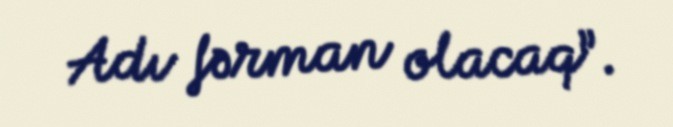
Adı fərman olacaq”.